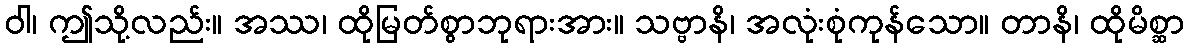
ဝါ၊ ဤသို့လည်း။ အဿ၊ ထိုမြတ်စွာဘုရားအား။ သဗ္ဗာနိ၊ အလုံးစုံကုန်သော။ တာနိ၊ ထိုမိစ္ဆာ